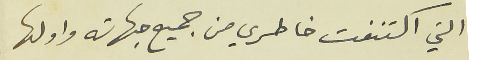
التي اكتنفت خاطري من جميع جهاته واولها